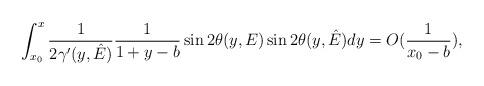
LaTeX: \begin{align*} \int_{x_0}^x\frac{1}{ 2\gamma^{\prime}(y,\hat{E})}\frac{1}{1+y-b}\sin2\theta(y,{E})\sin2\theta(y,\hat{E}) dy=O(\frac{1}{x_0-b}),\end{align*}